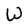
Character: W